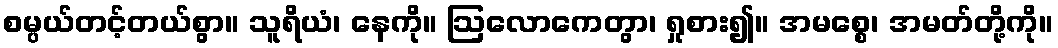
စမ္ပယ်တင့်တယ်စွာ။ သူရိယံ၊ နေကို။ ဩလောကေတွာ၊ ရှုစား၍။ အမစ္စေ၊ အမတ်တို့ကို။